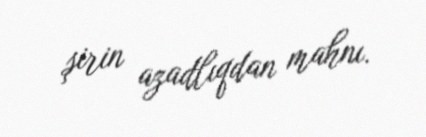
şirin azadlıqdan mahnı.